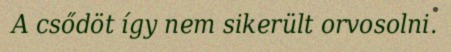
A csődöt így nem sikerült orvosolni.